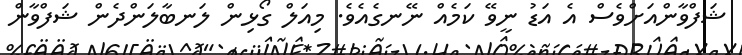
ޝަފްވާންއަށްވެސް އެ އަޑު ނީވޭ ކަމެއް ނޭނގެއެވެ. މިއަލް ގޯޅިން ލަނބާލަންދެން ޝަފްވާން